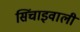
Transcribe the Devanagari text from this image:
सिंचाइवाली